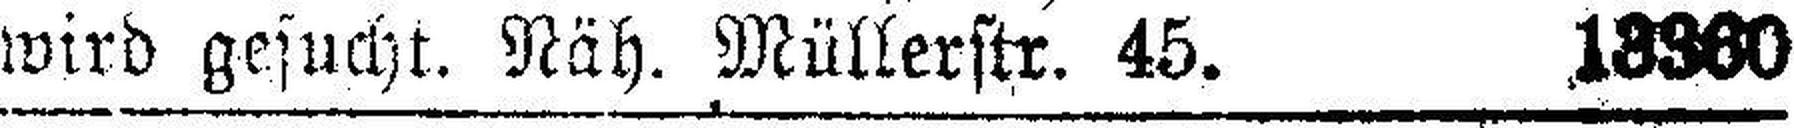
wird gesucht. Näh. Müllerstr. 45. 13360